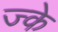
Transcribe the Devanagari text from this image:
ज्के